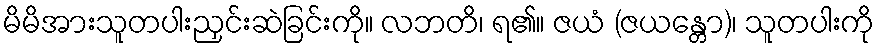
မိမိအားသူတပါးညှင်းဆဲခြင်းကို။ လဘတိ၊ ရ၏။ ဇယံ (ဇယန္တော)၊ သူတပါးကို